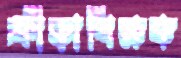
ক্রীড়াশিক্ষক